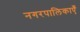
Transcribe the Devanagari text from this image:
नगरपालिकाएँ